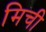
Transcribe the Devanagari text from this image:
मिची